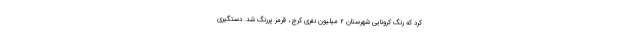
کرد که رنگ کرونایی شهرستان ۲ میلیون نفری کرج ، قرمز پررنگ شد. دستگیری